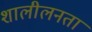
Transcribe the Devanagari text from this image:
शालीलनता